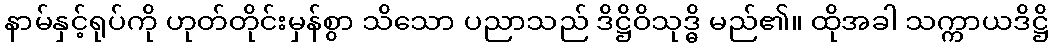
နာမ်နှင့်ရုပ်ကို ဟုတ်တိုင်းမှန်စွာ သိသော ပညာသည် ဒိဋ္ဌိဝိသုဒ္ဓိ မည်၏။ ထိုအခါ သက္ကာယဒိဋ္ဌိ